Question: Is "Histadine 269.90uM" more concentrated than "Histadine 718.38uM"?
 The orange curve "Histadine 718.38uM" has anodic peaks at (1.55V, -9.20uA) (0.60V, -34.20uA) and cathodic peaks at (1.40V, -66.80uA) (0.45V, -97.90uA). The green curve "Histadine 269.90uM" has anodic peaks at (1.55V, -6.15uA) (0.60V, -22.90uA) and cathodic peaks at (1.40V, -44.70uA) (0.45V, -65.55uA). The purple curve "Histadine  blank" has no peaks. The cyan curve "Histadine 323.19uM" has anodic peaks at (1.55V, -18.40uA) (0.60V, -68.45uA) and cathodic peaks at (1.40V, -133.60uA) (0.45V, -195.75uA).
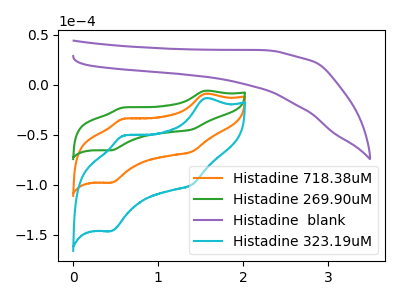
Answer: <think>All the peaks in "Histadine 269.90uM" have a peak in "Histadine 718.38uM" at the same potential.
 </think>
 <answer>I cant tell if "Histadine 269.90uM" or "Histadine 718.38uM" has higher concentration.</answer>
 <eval>mixed_concentration</eval>